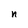
Character: n